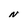
Character: N